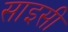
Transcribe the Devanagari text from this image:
साइसी